Civil Veterinary Dept. Assam report 1927-50 - 1927-1950
Year: 1927
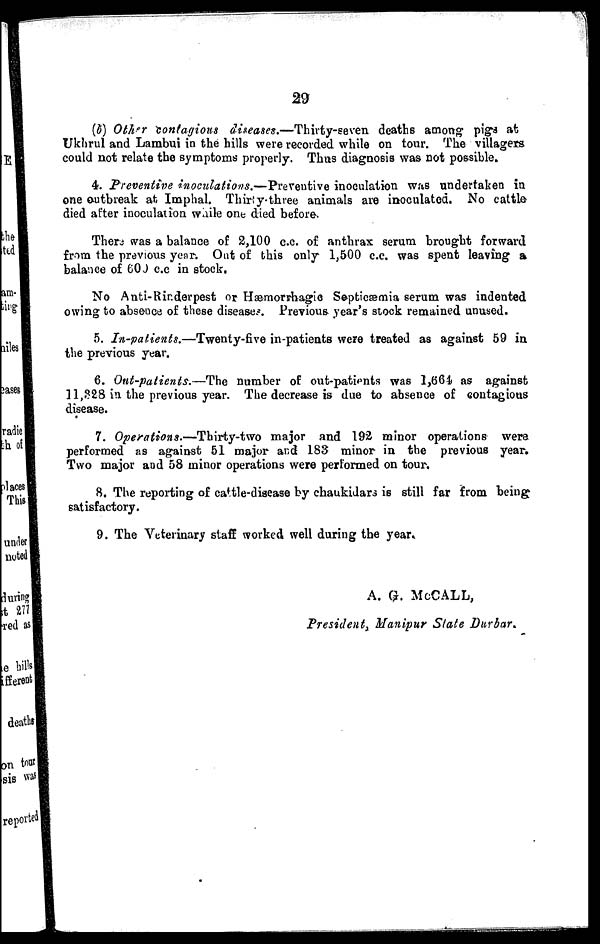
29
(b) Other contagious diseases.—Thirty-seven
deaths among pigs at
Ukhrul and Lambui in the hills were recorded while on tour. The villagers
could not relate the symptoms properly. Thus diagnosis was not possible.
4. Preventive inoculations.—Preventive inoculation was undertaken in
one outbreak at Imphal. Thirty-three animals are inoculated. No cattle
died after inoculation while one died before.
There was a balance of 2,100 c.c. of anthrax serum brought forward
from the previous year. Out of this only 1,500 c.c. was spent leaving a
balance of 600 c.c in stock.
No Anti-Rinderpest or Hæmorrhagic Septicæmia serum was indented
owing to absence of these diseases. Previous year's stock remained unused.
5. In-patients.—Twenty-five
in-patients were treated as against 59 in
the previous year.
6. Out-patients.—The
number of out-patients was 1,664 as against
11,328 in the previous year. The decrease is due to absence of contagious
disease.
7. Operations.—Thirty-two
major and 192 minor operations were
performed as against 51 major and 183 minor in the previous year.
Two major and 58 minor operations were performed on tour.
8. The reporting of cattle-disease by chaukidars is still far from being
satisfactory.
9. The Veterinary staff worked well during the year.
A. G. McCALL,
President, Manipur State Durbar.